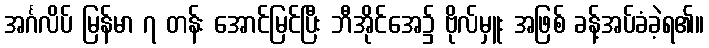
အင်္ဂလိပ် မြန်မာ ၇ တန်း အောင်မြင်ပြီး ဘီအိုင်အေ၌ ဗိုလ်မှူး အဖြစ် ခန့်အပ်ခံခဲ့ရ၏။